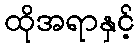
ထိုအရာနှင့်